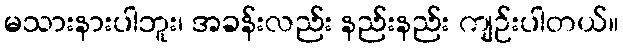
မသားနားပါဘူး၊ အခန်းလည်း နည်းနည်း ကျဉ်းပါတယ်။